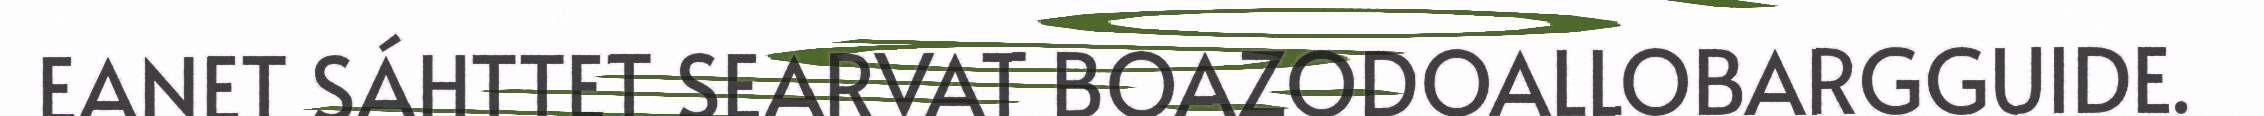
EANET SÁHTTET SEARVAT BOAZODOALLOBARGGUIDE.